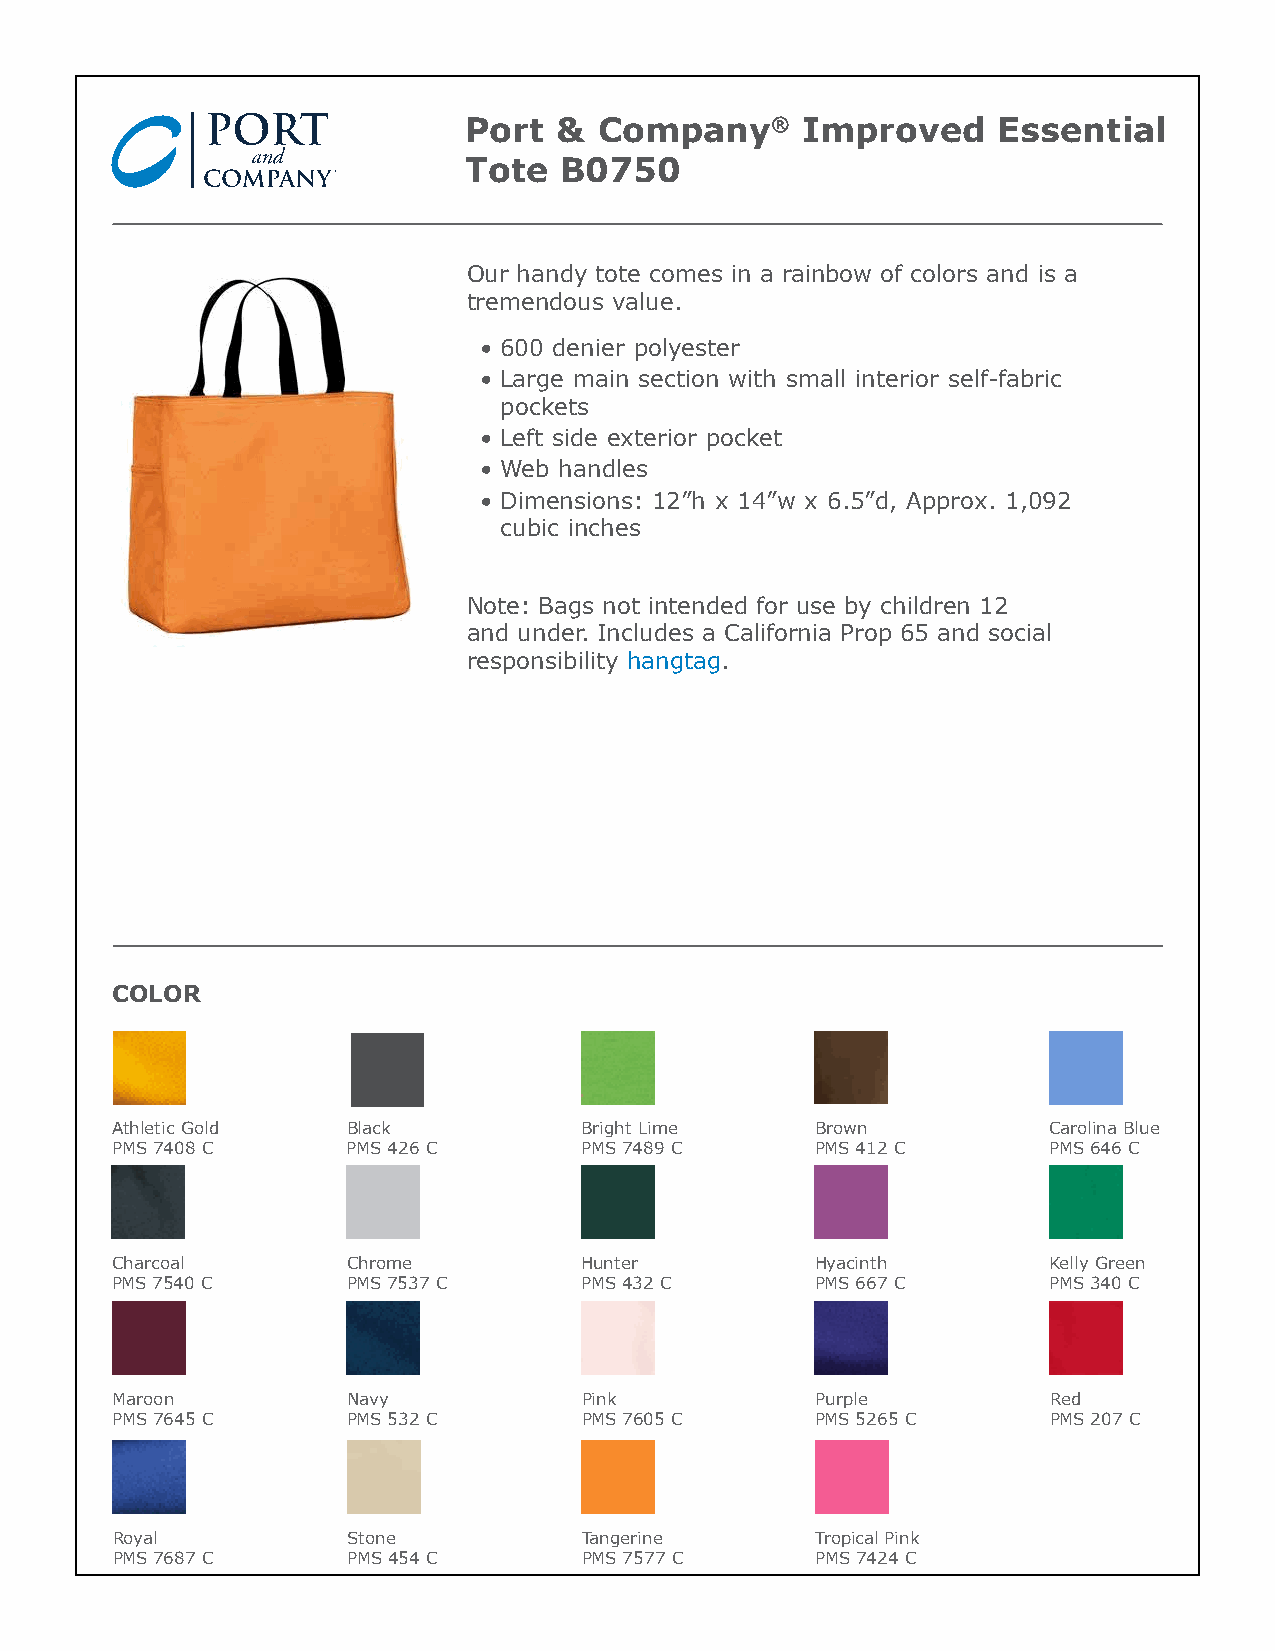
Port  &  Company®     Improved     Essential
 Tote  B0750
 Our handy tote comes in a rainbow of colors and is a
 tremendous value.
 • 600 denier polyester
 • Large main section with small interior self-fabric
 pockets
 • Left side exterior pocket
 • Web handles
 • Dimensions: 12”h x 14”w x 6.5”d, Approx. 1,092
 cubic inches
 Note: Bags not intended for use by children 12
 and under. Includes a California Prop 65 and social
 responsibility hangtag.
 COLOR
 Athletic Gold   Black          Bright Lime     Brown          Carolina Blue
 PMS 7408 C      PMS 426 C      PMS 7489 C      PMS 412 C      PMS 646 C
 Charcoal        Chrome         Hunter          Hyacinth       Kelly Green
 PMS 7540 C      PMS 7537 C     PMS 432 C       PMS 667 C      PMS 340 C
 Maroon          Navy            Pink           Purple         Red
 PMS 7645 C      PMS 532 C       PMS 7605 C     PMS 5265 C     PMS 207 C
 Royal           Stone           Tangerine      Tropical Pink
 PMS 7687 C      PMS 454 C       PMS 7577 C     PMS 7424 C